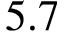
5 . 7